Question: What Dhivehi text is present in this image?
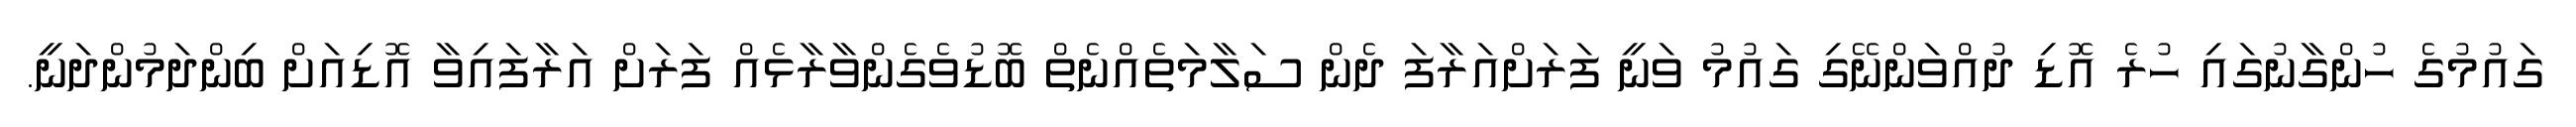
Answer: ގައުމުގެ ހުންގާނުގައި ހުރެ އޮޑި ދުއްވަންނޭގި ގައުމު ވަނީ ފަރަށްއަރާފަ ދެން ސަލާމަތެއްނެތް ބޮޑުވެގެންވާރާޅެއް ފަރަށް އަރާފައިވާ އޮޑިއަށް ބިންދަމުންދަނީ.